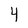
Character: 4